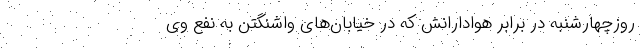
روزچهارشنبه در برابر هوادارانش که در خیابان‌های واشنگتن به نفع وی